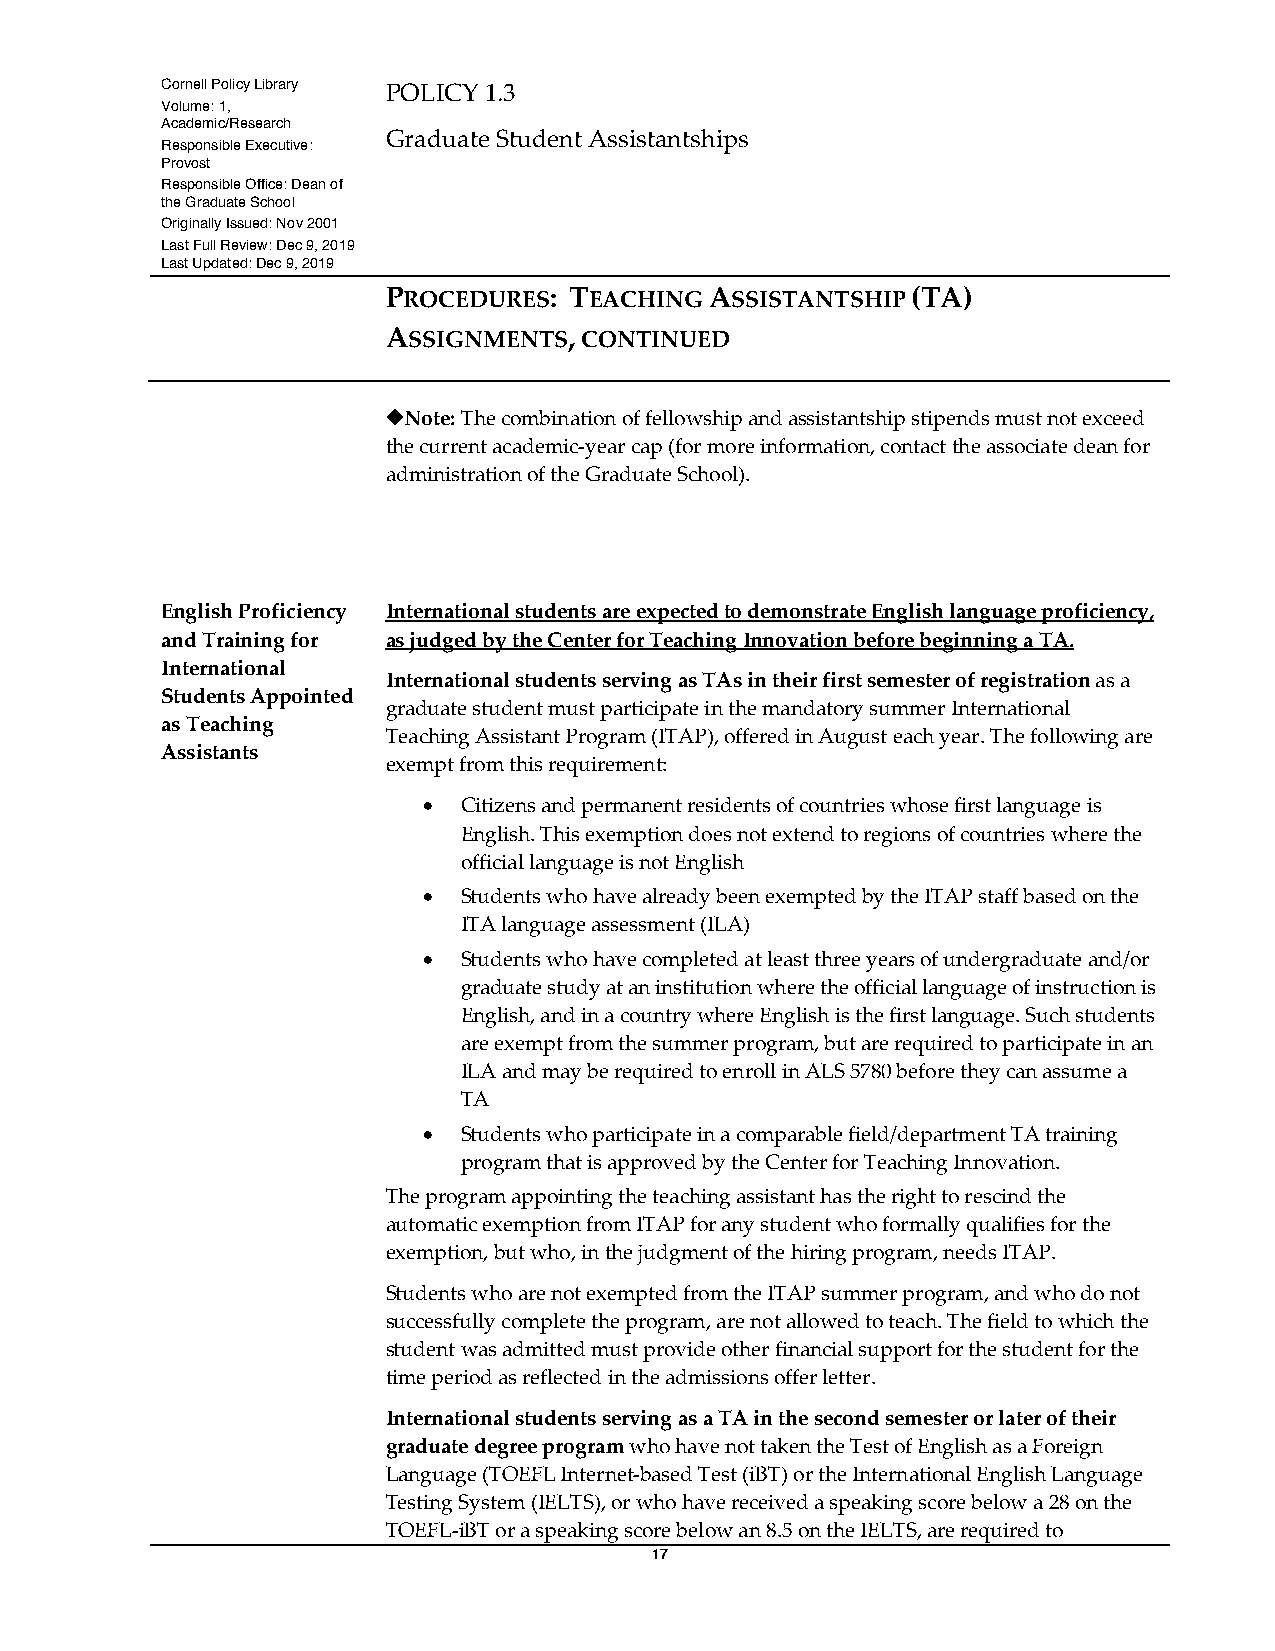
Cornell Policy Library POLICY 1.3
 Volume: 1,
 Academic/Research
 Graduate Student Assistantships
 Responsible Executive:
 Provost
 Responsible Office: Dean of
 the Graduate School
 Originally Issued: Nov 2001
 Last Full Review: Dec 9, 2019
 Last Updated: Dec 9, 2019
 PROCEDURES: TEACHING ASSISTANTSHIP (TA)
 ASSIGNMENTS, CONTINUED
 ¿Note: The combination of fellowship and assistantship stipends must not exceed
 the current academic-year cap (for more information, contact the associate dean for
 administration of the Graduate School).
 English Proficiency International students are expected to demonstrate English language proficiency,
 and Training for as judged by the Center for Teaching Innovation before beginning a TA.
 International
 International students serving as TAs in their first semester of registration as a
 Students Appointed
 graduate student must participate in the mandatory summer International
 as Teaching
 Teaching Assistant Program (ITAP), offered in August each year. The following are
 Assistants
 exempt from this requirement:
 • Citizens and permanent residents of countries whose first language is
 English. This exemption does not extend to regions of countries where the
 official language is not English
 • Students who have already been exempted by the ITAP staff based on the
 ITA language assessment (ILA)
 • Students who have completed at least three years of undergraduate and/or
 graduate study at an institution where the official language of instruction is
 English, and in a country where English is the first language. Such students
 are exempt from the summer program, but are required to participate in an
 ILA and may be required to enroll in ALS 5780 before they can assume a
 TA
 • Students who participate in a comparable field/department TA training
 program that is approved by the Center for Teaching Innovation.
 The program appointing the teaching assistant has the right to rescind the
 automatic exemption from ITAP for any student who formally qualifies for the
 exemption, but who, in the judgment of the hiring program, needs ITAP.
 Students who are not exempted from the ITAP summer program, and who do not
 successfully complete the program, are not allowed to teach. The field to which the
 student was admitted must provide other financial support for the student for the
 time period as reflected in the admissions offer letter.
 International students serving as a TA in the second semester or later of their
 graduate degree program who have not taken the Test of English as a Foreign
 Language (TOEFL Internet-based Test (iBT) or the International English Language
 Testing System (IELTS), or who have received a speaking score below a 28 on the
 TOEFL-iBT or a speaking score below an 8.5 on the IELTS, are required to
 17